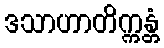
ဒသာဟာတိက္ကန္တံ